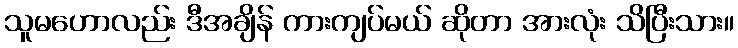
သူမဟောလည်း ဒီအချိန် ကားကျပ်မယ် ဆိုတာ အားလုံး သိပြီးသား။